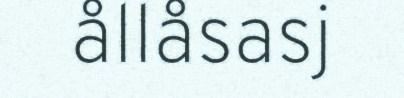
ållåsasj